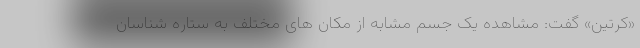
«کرتین» گفت: مشاهده یک جسم مشابه از مکان های مختلف به ستاره شناسان